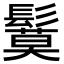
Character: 鬕